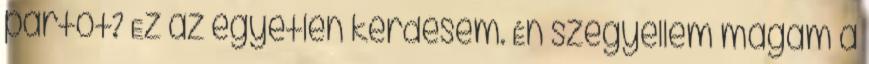
pártot? Ez az egyetlen kérdésem. Én szégyellem magam a